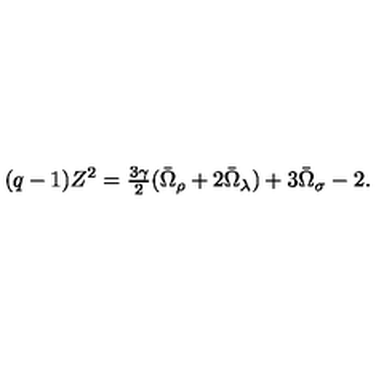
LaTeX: ( q - 1 ) Z ^ { 2 } = \textstyle { \frac { 3 \gamma } { 2 } } ( \bar { \Omega } _ { \rho } + 2 \bar { \Omega } _ { \lambda } ) + 3 \bar { \Omega } _ { \sigma } - 2 .